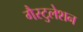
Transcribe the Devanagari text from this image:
गैस्टुलेशन